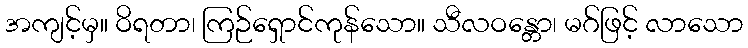
အကျင့်မှ။ ဝိရတာ၊ ကြဉ်ရှောင်ကုန်သော။ သီလဝန္တော၊ မဂ်ဖြင့် လာသော